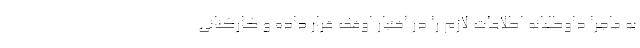
به ماجرا داوطلبانه اطلاعات لازم را در اختیار اوفک قرار داده و کارکنانی